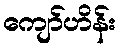
ကျော်ဟိန်း